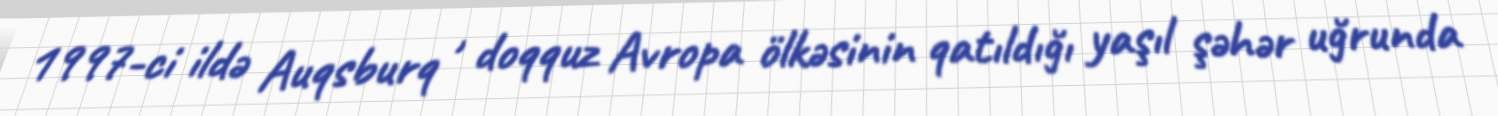
1997-ci ildə Auqsburq , doqquz Avropa ölkəsinin qatıldığı yaşıl şəhər uğrunda